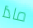
ماذا